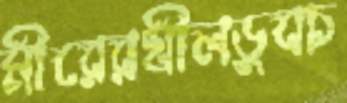
মীরেরখীলডুবচ